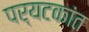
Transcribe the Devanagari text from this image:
पर्यटकांत